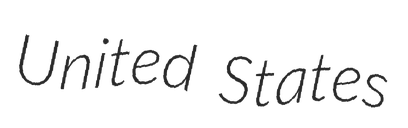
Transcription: United States